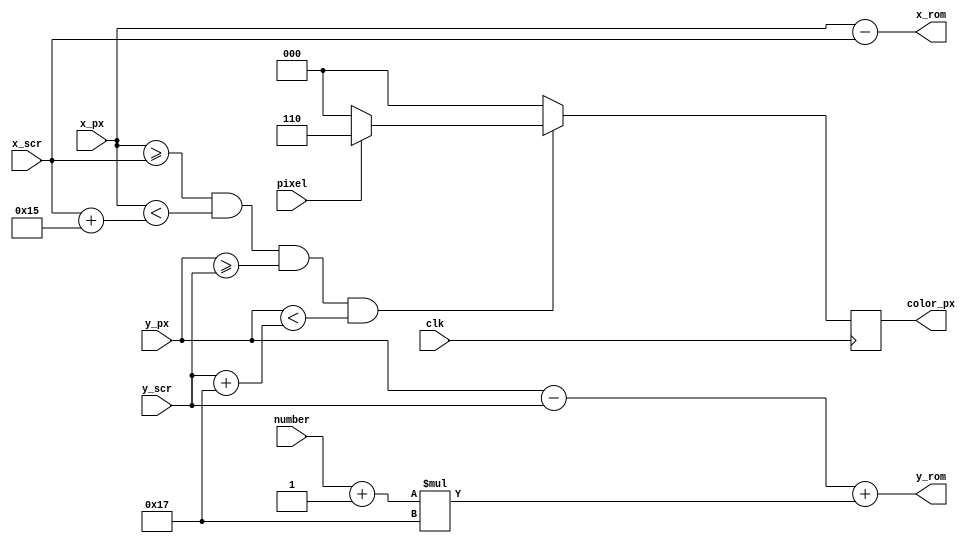
//////////////////////////////////////////////////////////////////////////////////
// Company: Ridotech
//
// Module Name: graphics
// Description: Graphics numbers.
//
// Dependencies: image
//
// Revision:
// Revision 0.01 - File Created
//
// Additional Comments:
//
//////////////////////////////////////////////////////////////////////////////////
module graphics (
                input  wire        clk,        // System clock.
                input  wire [2:0]  number,     // Number to show.
                input  wire [9:0]  x_px,       // X position actual pixel.
                input  wire [9:0]  y_px,       // Y position actual pixel.
                input  wire [9:0]  x_scr,      // X position image in screen.
                input  wire [9:0]  y_scr,      // Y position image in screen.
                output wire [9:0]  x_rom,      // X position image in ROM.
                output wire [9:0]  y_rom,      // Y position image in ROM.  
                input  wire        pixel,      // Pixel from image.
                output wire [2:0]  color_px    // Actual pixel color to controller.
                );

    // Some colors.
    parameter [2:0] black  = 3'b000;
    parameter [2:0] blue   = 3'b001;
    parameter [2:0] green  = 3'b010;
    parameter [2:0] red    = 3'b100;
    parameter [2:0] yellow = 3'b110;    
    parameter [2:0] white  = 3'b111;

    parameter ink = yellow;
    parameter background = black;

    // Numbers dimension.
    localparam width_number = 21;
    localparam height_number = 23;

    // Color image.
    reg [2:0] color;
    
    // Calculate relative position in ROM.
    assign x_rom = x_px - x_scr;
    assign y_rom = (y_px - y_scr) + (number+1)*height_number;

    // Set color out.
    assign color_px = color;
    
    // Draw or not the heart.
    always @(posedge clk)
    begin
        // If we're inside the image, get pixel from image ROM.
        if ((x_px >= x_scr) && (x_px < x_scr + width_number) && (y_px >= y_scr) && (y_px < y_scr + height_number))   
        begin
            if (pixel)
                color <= ink;
            else
                color <= background;
        end
        else
           //color <= blue;
           color <= background;
    end
endmodule